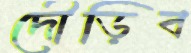
দৌড়িব